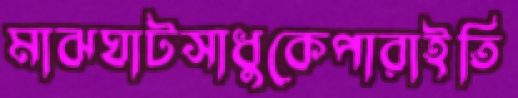
মাঝঘাটসাধুকেপারাইতি